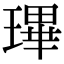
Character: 㻫